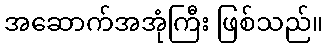
အဆောက်အအုံကြီး ဖြစ်သည်။